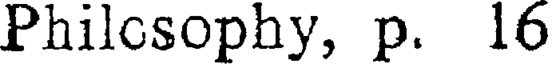
Philcsophy, p. 16